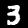
Digit: 3